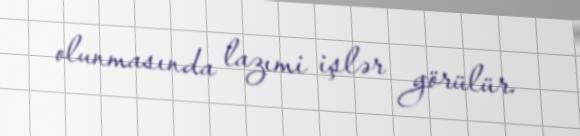
olunmasında lazımi işlər görülür.